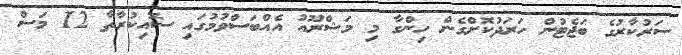
ސަރުކާރުގެ ބަޖެޓުން ހަރަދުކޮށްގެން ހިންގާ މި މަޝްރޫއު އެއްބަސްވުމުގައި ސޮއިކުރާތާ 12 މަސް